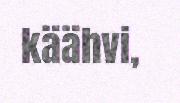
käähvi,